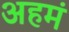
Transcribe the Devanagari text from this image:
अहमं